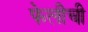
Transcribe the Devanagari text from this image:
फेलीची